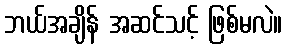
ဘယ်အချိန် အဆင်သင့် ဖြစ်မလဲ။